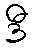
ဒီ